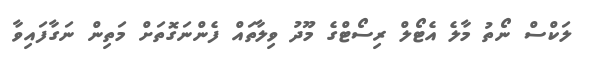
ލަކްސް ނޯތު މާލެ އެޓޯލް ރިސޯޓްގެ މޫދު ވިލާތައް ފެންނަގޮތަށް މަތިން ނަގާފައިވާ